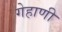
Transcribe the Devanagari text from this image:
गेहाणी